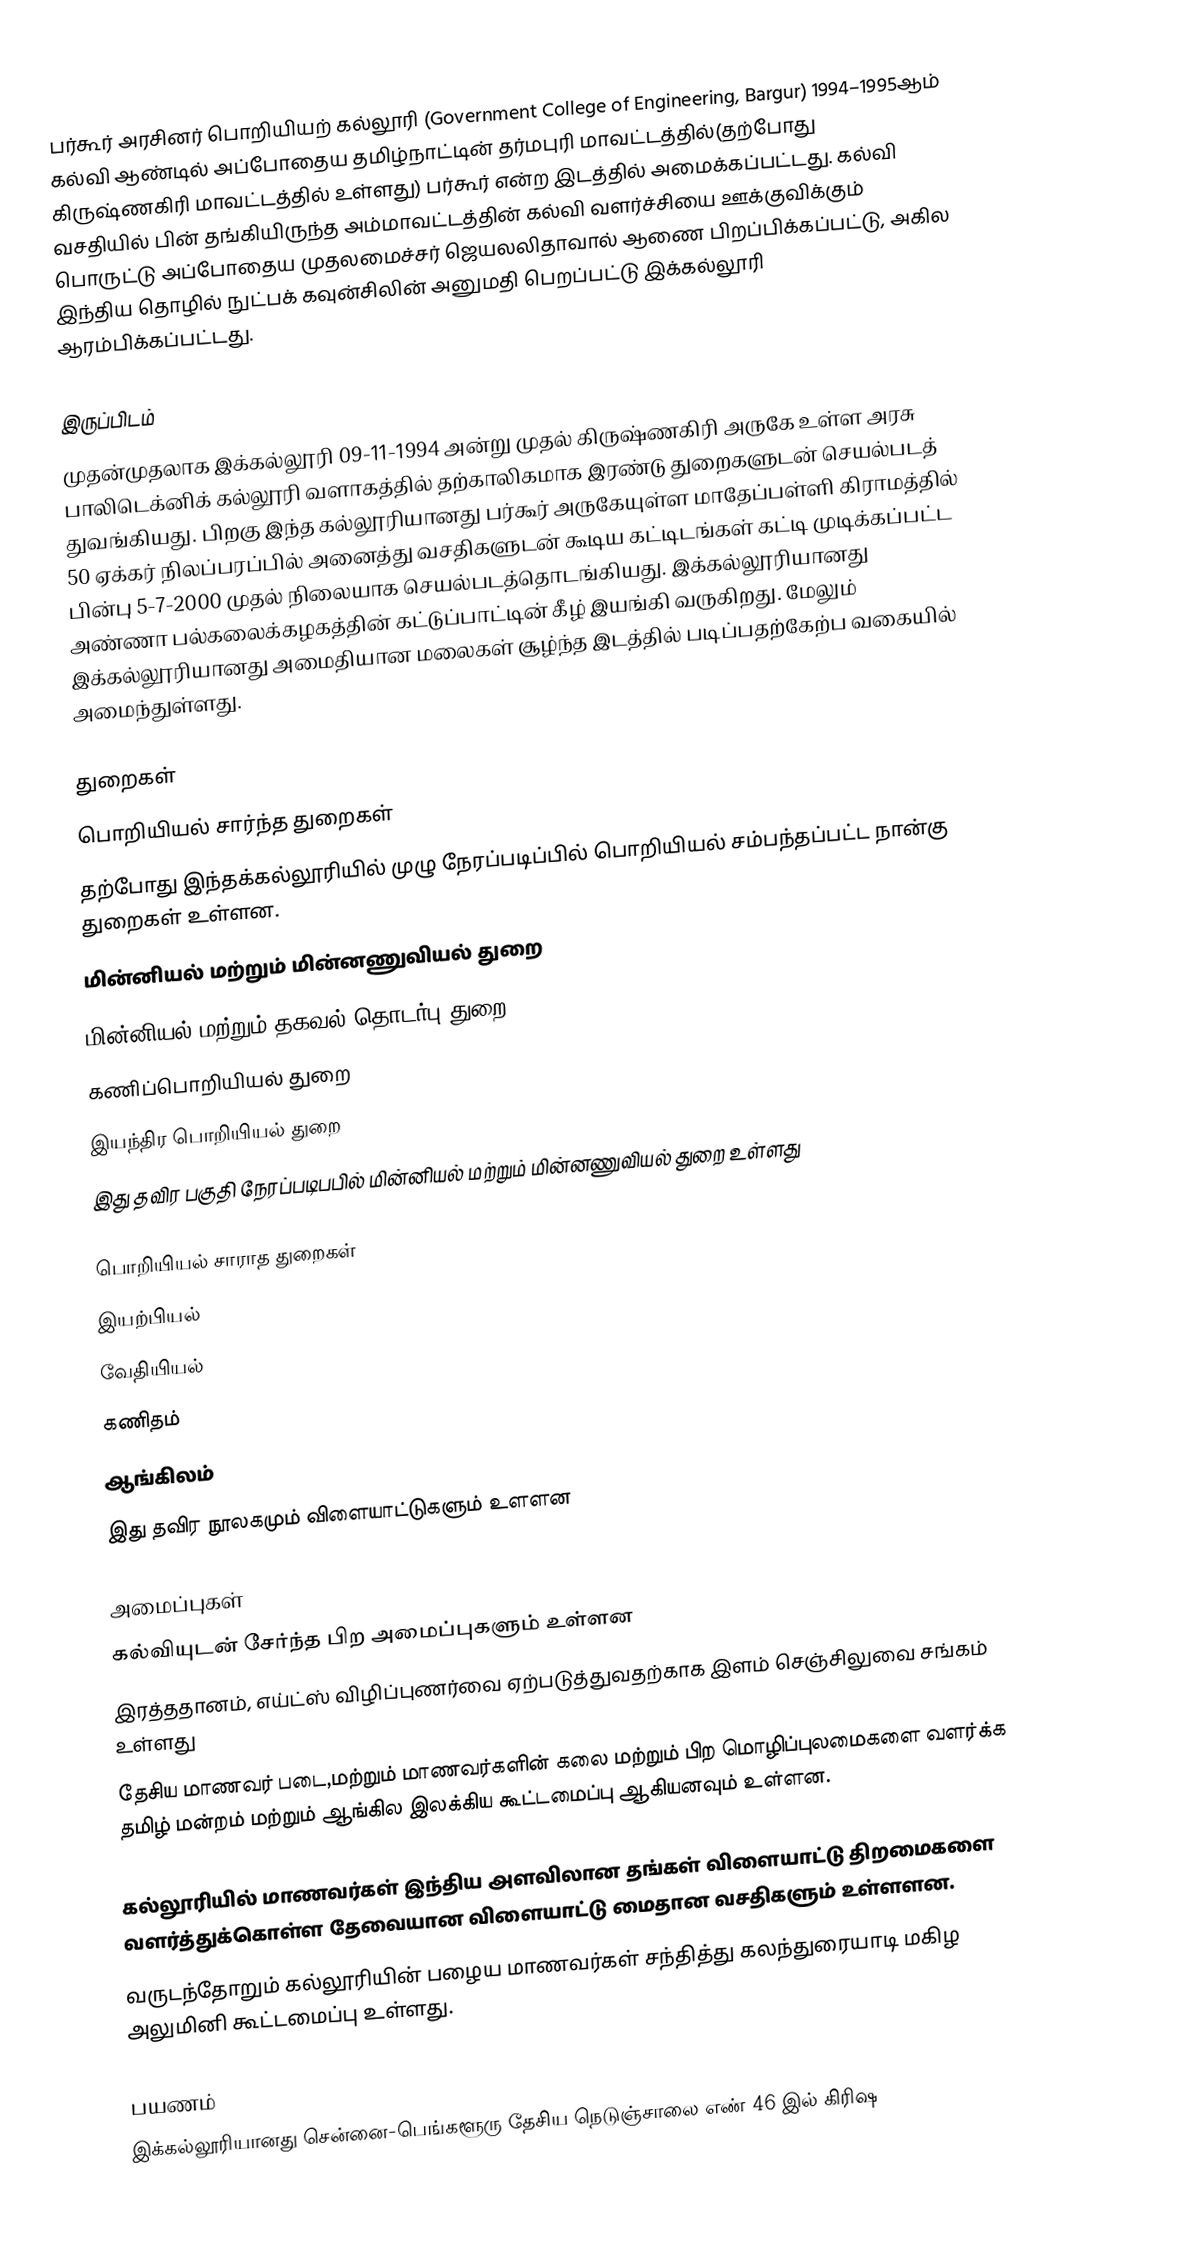
பர்கூர் அரசினர் பொறியியற் கல்லூரி (Government College of Engineering, Bargur) 1994–1995ஆம் கல்வி ஆண்டில் அப்போதைய தமிழ்நாட்டின் தர்மபுரி மாவட்டத்தில்(தற்போது கிருஷ்ணகிரி மாவட்டத்தில் உள்ளது) பர்கூர் என்ற இடத்தில் அமைக்கப்பட்டது. கல்வி வசதியில் பின் தங்கியிருந்த அம்மாவட்டத்தின் கல்வி வளர்ச்சியை ஊக்குவிக்கும் பொருட்டு அப்போதைய முதலமைச்சர் ஜெயலலிதாவால் ஆணை பிறப்பிக்கப்பட்டு, அகில இந்திய தொழில் நுட்பக் கவுன்சிலின் அனுமதி பெறப்பட்டு இக்கல்லூரி ஆரம்பிக்கப்பட்டது.

இருப்பிடம்
முதன்முதலாக இக்கல்லூரி 09-11-1994 அன்று முதல் கிருஷ்ணகிரி அருகே உள்ள அரசு பாலிடெக்னிக் கல்லூரி வளாகத்தில் தற்காலிகமாக இரண்டு துறைகளுடன் செயல்படத் துவங்கியது. பிறகு இந்த கல்லூரியானது பர்கூர் அருகேயுள்ள மாதேப்பள்ளி கிராமத்தில் 50 ஏக்கர் நிலப்பரப்பில் அனைத்து வசதிகளுடன் கூடிய கட்டிடங்கள் கட்டி முடிக்கப்பட்ட பின்பு 5-7-2000 முதல் நிலையாக செயல்படத்தொடங்கியது. இக்கல்லூரியானது அண்ணா பல்கலைக்கழகத்தின் கட்டுப்பாட்டின் கீழ் இயங்கி வருகிறது. மேலும் இக்கல்லூரியானது அமைதியான மலைகள் சூழ்ந்த இடத்தில் படிப்பதற்கேற்ப வகையில் அமைந்துள்ளது.

துறைகள்
பொறியியல் சார்ந்த துறைகள்
தற்போது இந்தக்கல்லூரியில் முழு நேரப்படிப்பில் பொறியியல் சம்பந்தப்பட்ட நான்கு துறைகள் உள்ளன.
 மின்னியல் மற்றும் மின்னணுவியல் துறை
 மின்னியல் மற்றும் தகவல் தொடர்பு துறை
 கணிப்பொறியியல் துறை
 இயந்திர பொறியியல் துறை
இது தவிர பகுதி நேரப்படிபபில் மின்னியல் மற்றும் மின்னணுவியல் துறை உள்ளது

பொறியியல் சாராத துறைகள்
 இயற்பியல்
 வேதியியல்
 கணிதம்
 ஆங்கிலம்
இது தவிர நூலகமும் விளையாட்டுகளும் உளளன

அமைப்புகள்
கல்வியுடன் சேர்ந்த பிற அமைப்புகளும் உள்ளன
இரத்ததானம், எய்ட்ஸ் விழிப்புணர்வை ஏற்படுத்துவதற்காக இளம் செஞ்சிலுவை சங்கம் உள்ளது
தேசிய மாணவர் படை,மற்றும் மாணவர்களின் கலை மற்றும் பிற மொழிப்புலமைகளை வளர்க்க தமிழ் மன்றம் மற்றும் ஆங்கில இலக்கிய கூட்டமைப்பு ஆகியனவும் உள்ளன.

கல்லூரியில் மாணவர்கள் இந்திய அளவிலான தங்கள் விளையாட்டு திறமைகளை வளர்த்துக்கொள்ள தேவையான விளையாட்டு மைதான வசதிகளும் உள்ளளன.
வருடந்தோறும் கல்லூரியின் பழைய மாணவர்கள் சந்தித்து கலந்துரையாடி மகிழ அலுமினி கூட்டமைப்பு உள்ளது.

பயணம்
இக்கல்லூரியானது சென்னை-பெங்களூரு தேசிய நெடுஞ்சாலை எண் 46 இல் கிரிஷ